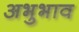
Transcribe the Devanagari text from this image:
अभुभाव